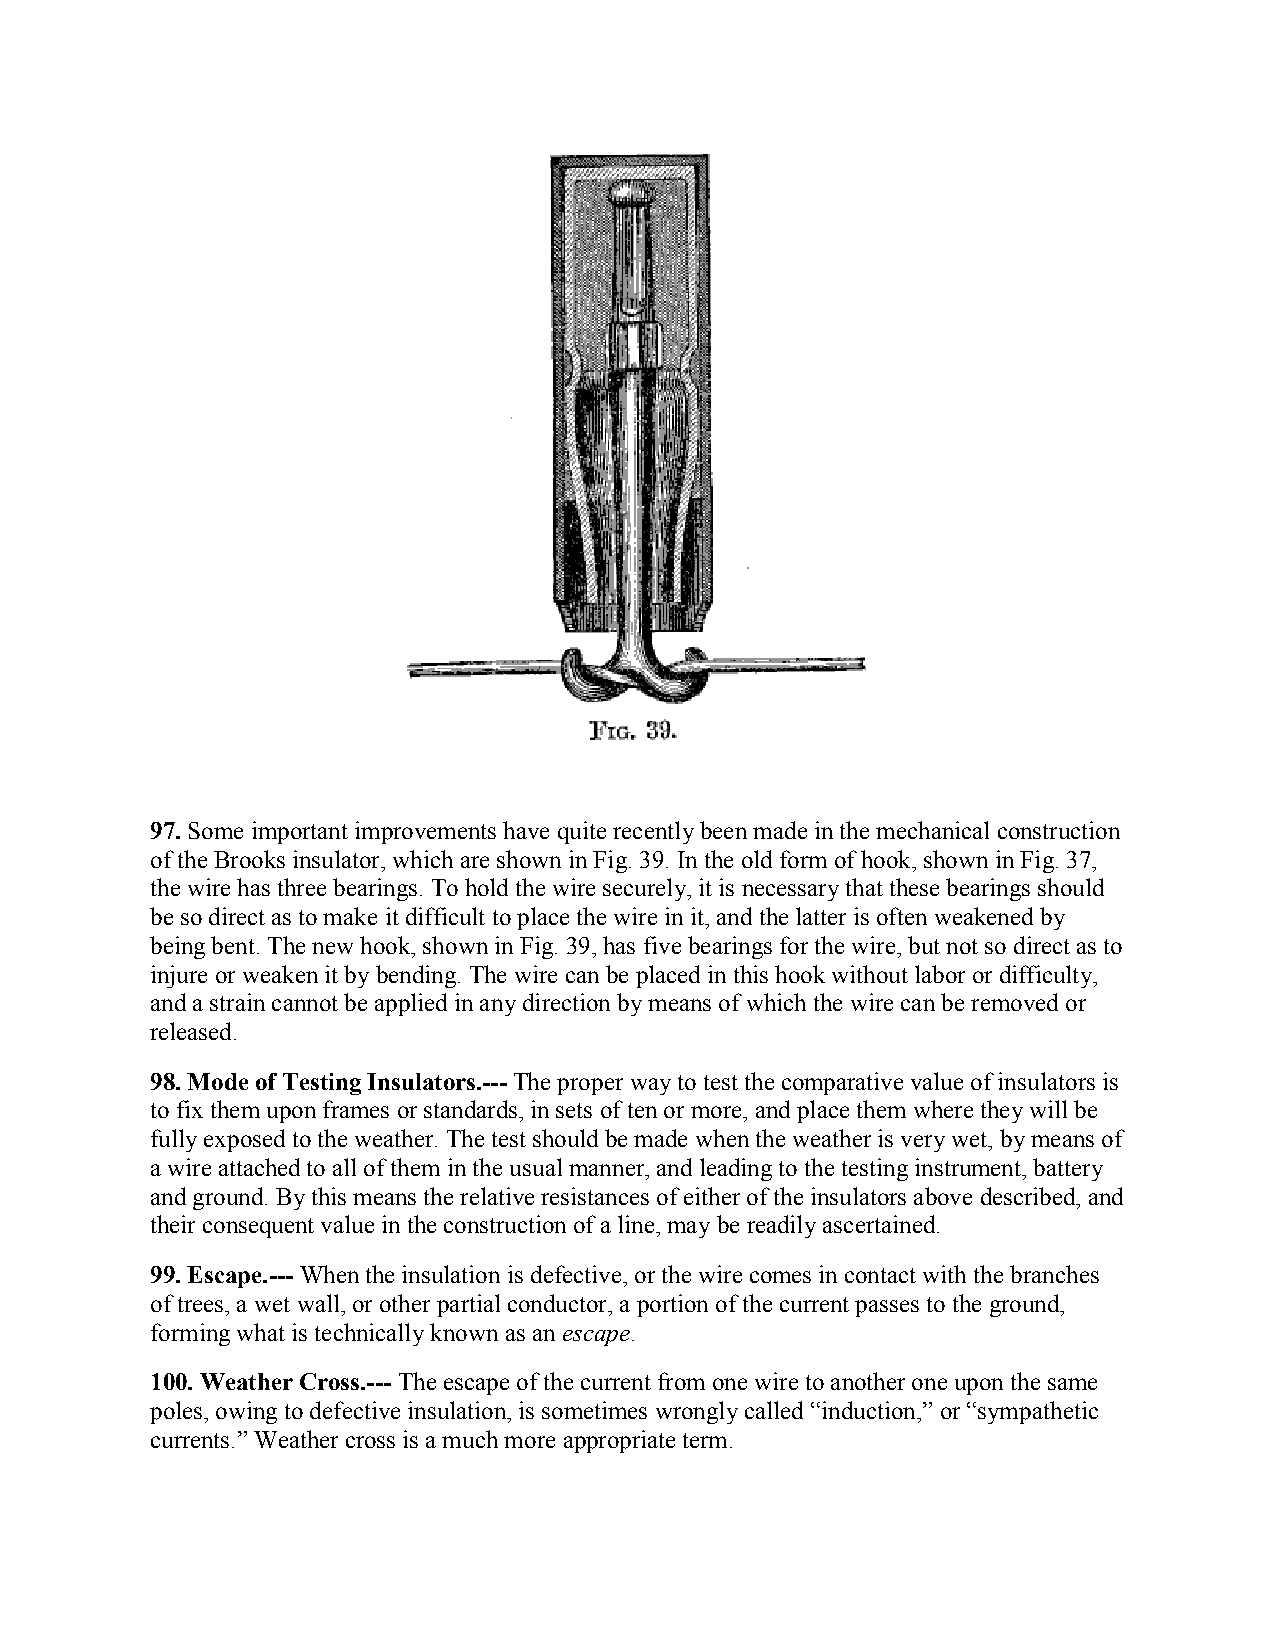
97. Some important improvements have quite recently been made in the mechanical construction
 of the Brooks insulator, which are shown in Fig. 39. In the old form of hook, shown in Fig. 37,
 the wire has three bearings. To hold the wire securely, it is necessary that these bearings should
 be so direct as to make it difficult to place the wire in it, and the latter is often weakened by
 being bent. The new hook, shown in Fig. 39, has five bearings for the wire, but not so direct as to
 injure or weaken it by bending. The wire can be placed in this hook without labor or difficulty,
 and a strain cannot be applied in any direction by means of which the wire can be removed or
 released.
 98. Mode of Testing Insulators.--- The proper way to test the comparative value of insulators is
 to fix them upon frames or standards, in sets of ten or more, and place them where they will be
 fully exposed to the weather. The test should be made when the weather is very wet, by means of
 a wire attached to all of them in the usual manner, and leading to the testing instrument, battery
 and ground. By this means the relative resistances of either of the insulators above described, and
 their consequent value in the construction of a line, may be readily ascertained.
 99. Escape.--- When the insulation is defective, or the wire comes in contact with the branches
 of trees, a wet wall, or other partial conductor, a portion of the current passes to the ground,
 forming what is technically known as an escape.
 100. Weather Cross.--- The escape of the current from one wire to another one upon the same
 poles, owing to defective insulation, is sometimes wrongly called “induction,” or “sympathetic
 currents.” Weather cross is a much more appropriate term.